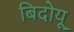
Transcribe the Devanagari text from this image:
बिदोयू